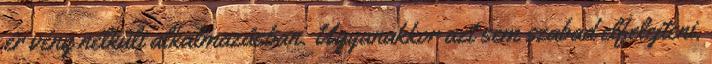
ér vény nélküli alkalmazásban. Ugyanakkor azt sem szabad elfelejteni,